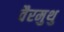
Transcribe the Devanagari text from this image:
वैरमुथु